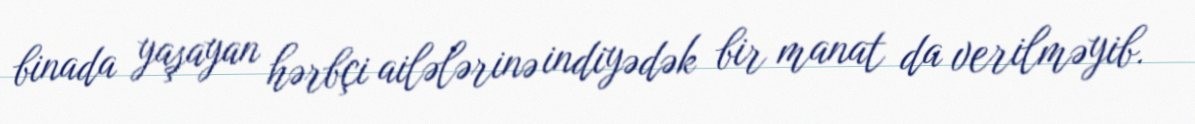
binada yaşayan hərbçi ailələrinə indiyədək bir manat da verilməyib.